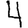
Digit: 4